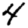
Digit: 4